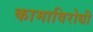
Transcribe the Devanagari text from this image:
कामाविरोधी